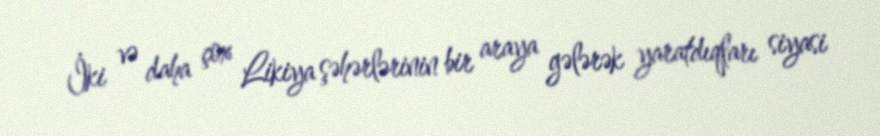
İki və daha çox Likiya şəhərlərinin bir araya gələrək yaratdıqları siyasi